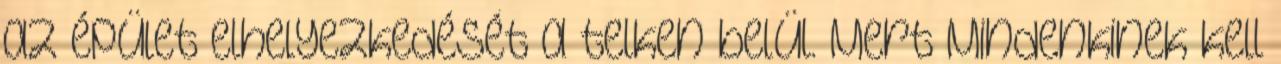
az épület elhelyezkedését a telken belül. Mert Mindenkinek kell